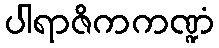
ပါရာဇိကကဏ္ဍံ